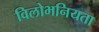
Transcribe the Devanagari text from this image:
विलोभनियता